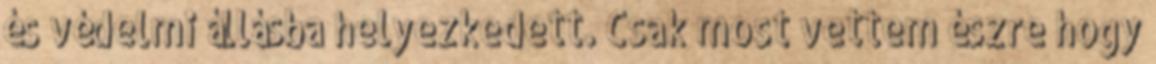
és védelmi állásba helyezkedett. Csak most vettem észre hogy